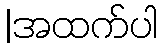
|အထက်ပါ